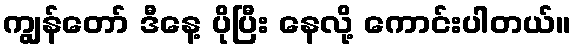
ကျွန်တော် ဒီနေ့ ပိုပြီး နေလို့ ကောင်းပါတယ်။